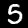
Digit: 5